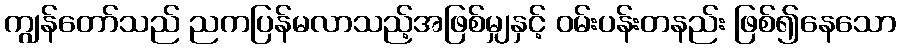
ကျွန်တော်သည် ညကပြန်မလာသည့်အဖြစ်မျှနှင့် ဝမ်းပန်းတနည်း ဖြစ်၍နေသော